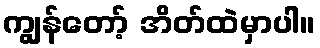
ကျွန်တော့် အိတ်ထဲမှာပါ။